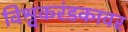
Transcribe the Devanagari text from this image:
विश्वकरंडकावर